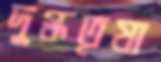
দুগ্ধতৃষা